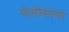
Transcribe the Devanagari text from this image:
पोलीसांना